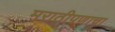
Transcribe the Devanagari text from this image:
मराठीपणाचा